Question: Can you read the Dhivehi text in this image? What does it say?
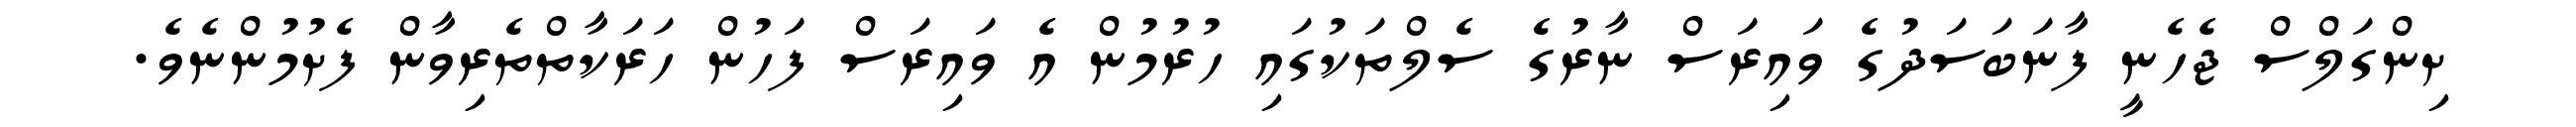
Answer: ށިންގަލްސް ޖެހެނީ ފާނަބަސަދުގެ ވައިރަސް ނާރުގެ ސެލްތަކުގައި ހުރުމުން އެ ވައިރަސް ފަހުން ހަރަކާތްތެރިވާން ފެށުމުންނެވެ.